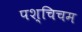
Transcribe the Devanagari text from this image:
पश्चिचम